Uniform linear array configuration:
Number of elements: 64
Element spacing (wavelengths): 0.75
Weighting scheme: kaiser
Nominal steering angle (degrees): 0
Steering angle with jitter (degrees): -0.1817
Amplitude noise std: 0.05
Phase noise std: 0.05

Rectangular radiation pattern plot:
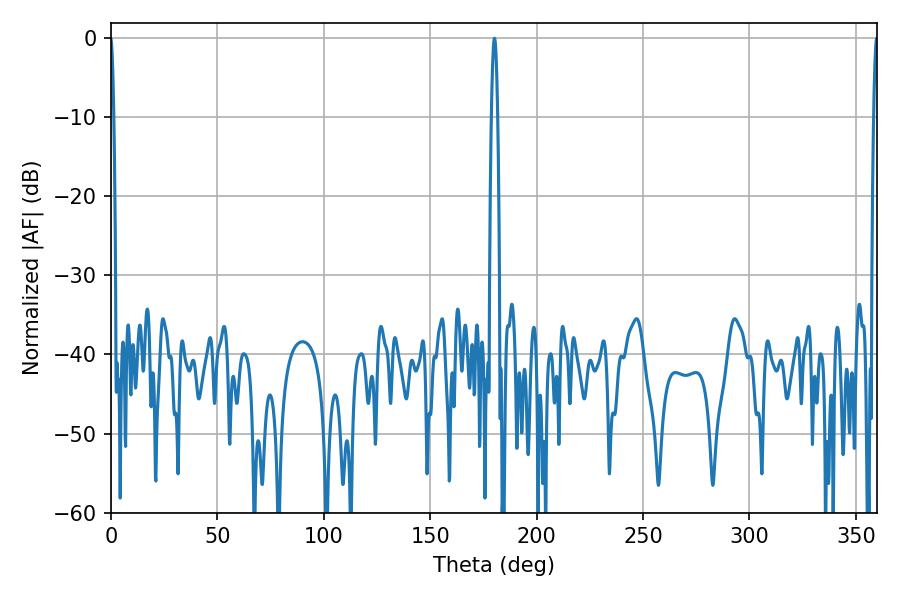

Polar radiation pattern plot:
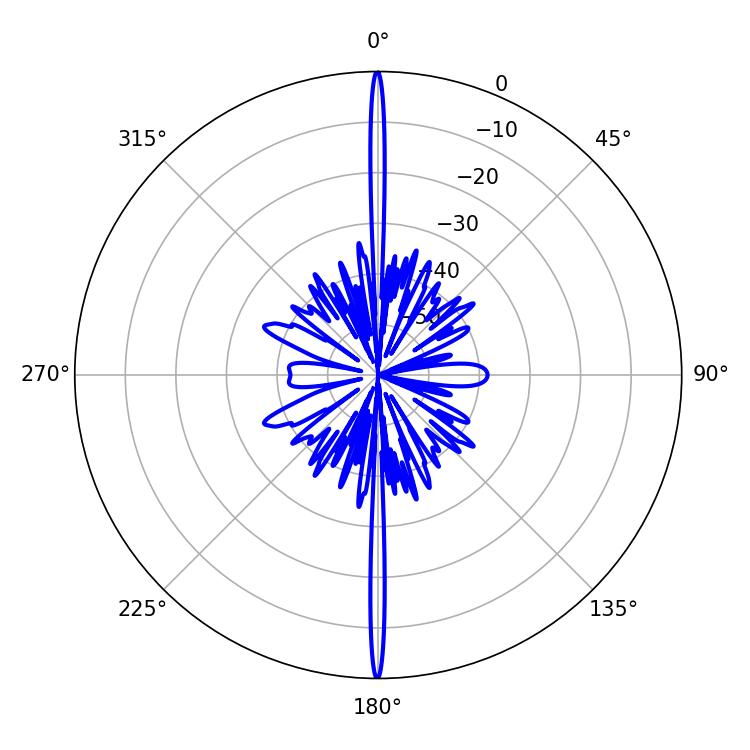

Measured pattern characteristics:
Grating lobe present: TRUE
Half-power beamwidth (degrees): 1.44
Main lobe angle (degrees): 180.18